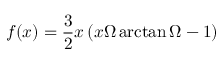
f ( x ) = \frac { 3 } { 2 } x \left( x \Omega \arctan \Omega - 1 \right)